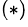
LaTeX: ^{(*)}